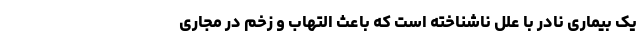
یک بیماری نادر با علل ناشناخته است که باعث التهاب و زخم در مجاری